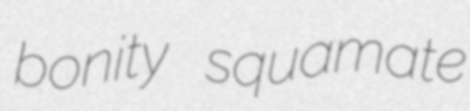
bonity squamate